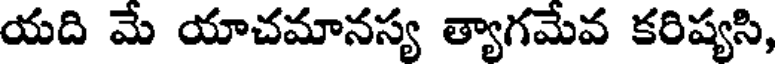
యది మే యాచమానస్య త్యాగమేవ కరిష్యసి,